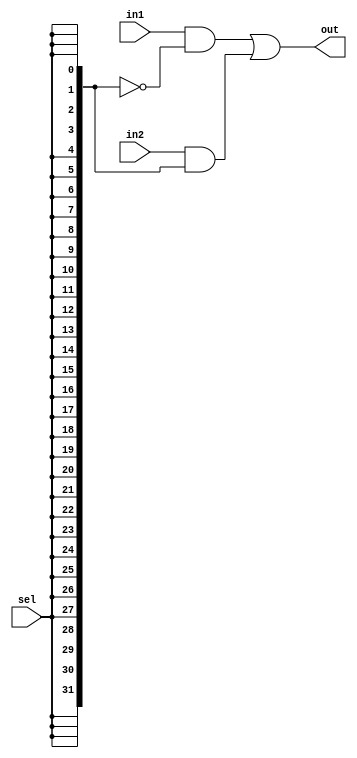
module MUX #(parameter data_width=32)
(input [data_width-1:0] in1,
input [data_width-1:0] in2,
input sel,
output [data_width-1:0] out);

wire [data_width-1:0] sel1;

assign sel1[data_width-1:0]={data_width{sel}};

assign out=(in1&(~sel1))|(in2 & sel1);

endmodule